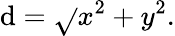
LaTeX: \mathrm{d}={\sqrt{}{{x^{2}+y^{2}}}}.